Civil Veterinary Department Bihar & Orissa reports 1929-36 - 1929-1936
Year: 1929
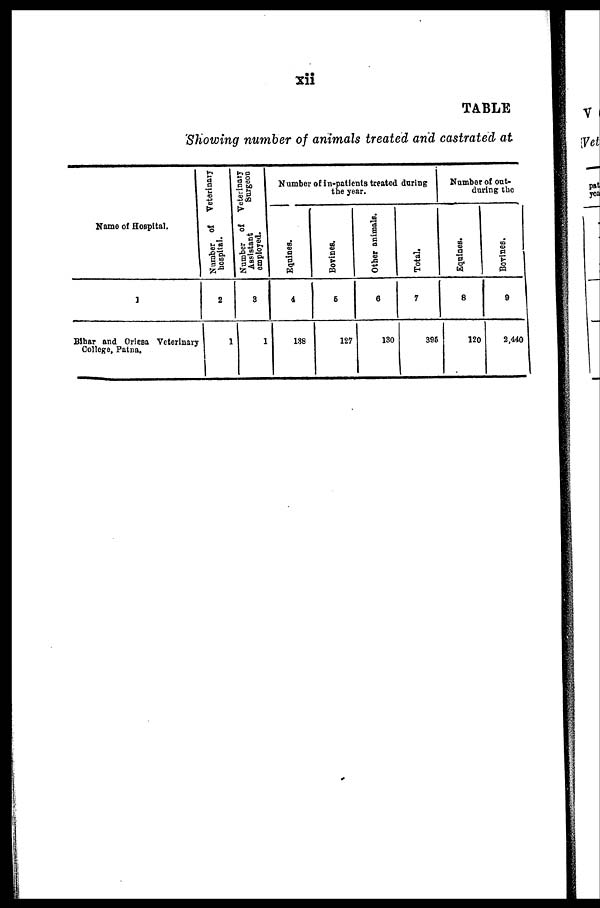
xii
TABLE
Showing number of animals treated and castrated at
Name of Hospital.
1
Bihar and Orissa Veterinary
College, Patna.
Number of
Veterinary
hospital.
2
1
Number of Veterinary
Assistant
Surgeon
employed.
3
1
Number of in-patients treated during
the year.
Equines.
4
138
Bovines.
6
127
Other animals.
6
130
Total.
7
396
Number of out-
during the
Equines.
8
120
Bovines.
9
2,440